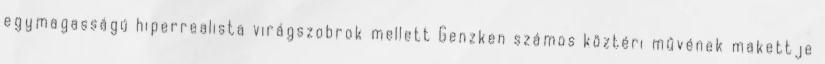
egymagasságú hiperrealista virágszobrok mellett Genzken számos köztéri művének makettje